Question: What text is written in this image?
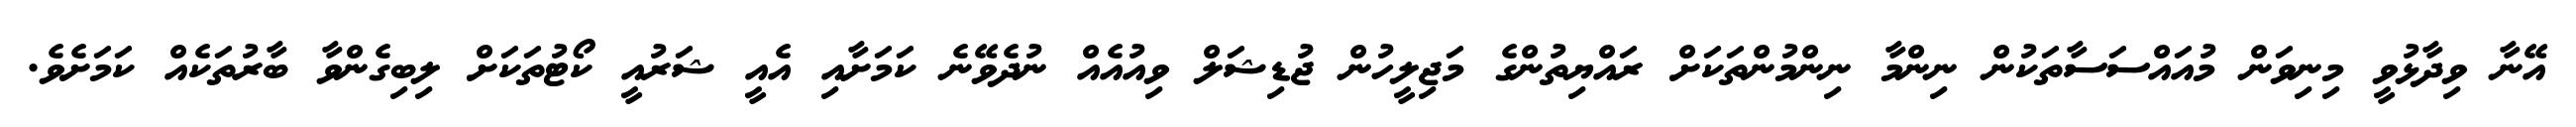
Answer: އޭނާ ވިދާޅުވީ މިނިވަން މުއައްސަސާތަކުން ނިންމާ ނިންމުންތަކަށް ރައްޔިތުންގެ މަޖިލީހުން ޖުޑިޝަލް ވިއުއެއް ނުދެވޭނެ ކަމަށާއި އެއީ ޝަރުއީ ކޯޓުތަކަށް ލިބިގެންވާ ބާރުތަކެއް ކަމަށެވެ.